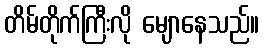
တိမ်တိုက်ကြီးလို မျောနေသည်။